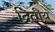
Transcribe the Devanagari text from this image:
द्रितीय